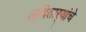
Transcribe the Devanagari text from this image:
आदितार्‍यांचे